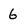
Character: 6